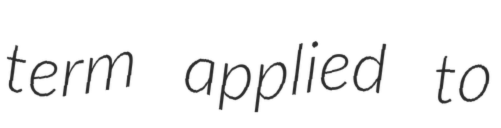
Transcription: term applied to